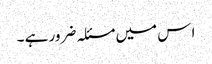
ا س میں مسئلہ ضرور ہے ۔